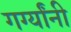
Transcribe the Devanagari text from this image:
गर्ग्यांनी